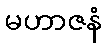
မဟာဇနံ